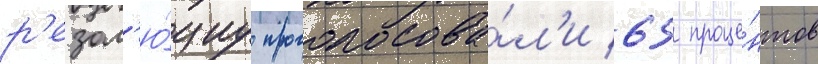
р'езол'ю́циу проголосова́л'и 65 проце́нтов